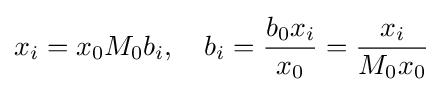
x_{i}=x_{0}M_{0}b_{i},\quad b_{i}={\frac {b_{0}x_{i}}{x_{0}}}={\frac {x_{i}}{M_{0}x_{0}}}